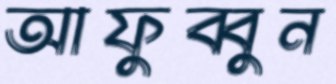
আফুব্বুন